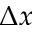
\Delta x